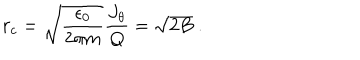
r _ { c } = \sqrt { { \frac { \epsilon _ { 0 } } { 2 \pi m } } } { \frac { J _ { \theta } } { Q } } = \sqrt { 2 B } ~ .